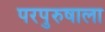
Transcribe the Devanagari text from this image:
परपुरुषाला